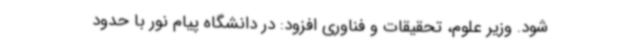
شود. وزیر علوم، تحقیقات و فناوری افزود: در دانشگاه پیام نور با حدود